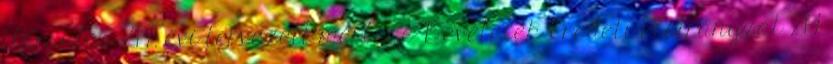
Társulás 217. évi tervezett mérlege Bevételek Eredeti előirányzat 217